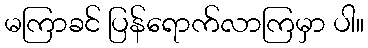
မကြာခင် ပြန်ရောက်လာကြမှာ ပါ။